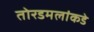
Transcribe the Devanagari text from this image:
तोरडमलांकडे